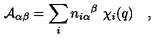
{ \cal A } _ { \alpha \beta } = \sum _ { i } { n _ { i \alpha } } ^ { \beta } \ \chi _ { i } ( q ) \quad ,